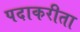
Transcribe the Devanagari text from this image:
पदाकरीता